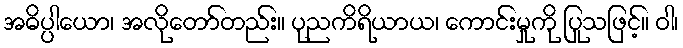
အဓိပ္ပါယော၊ အလိုတော်တည်း။ ပုညကိရိယာယ၊ ကောင်းမှုကို ပြုသဖြင့်။ ဝါ၊